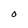
Character: O